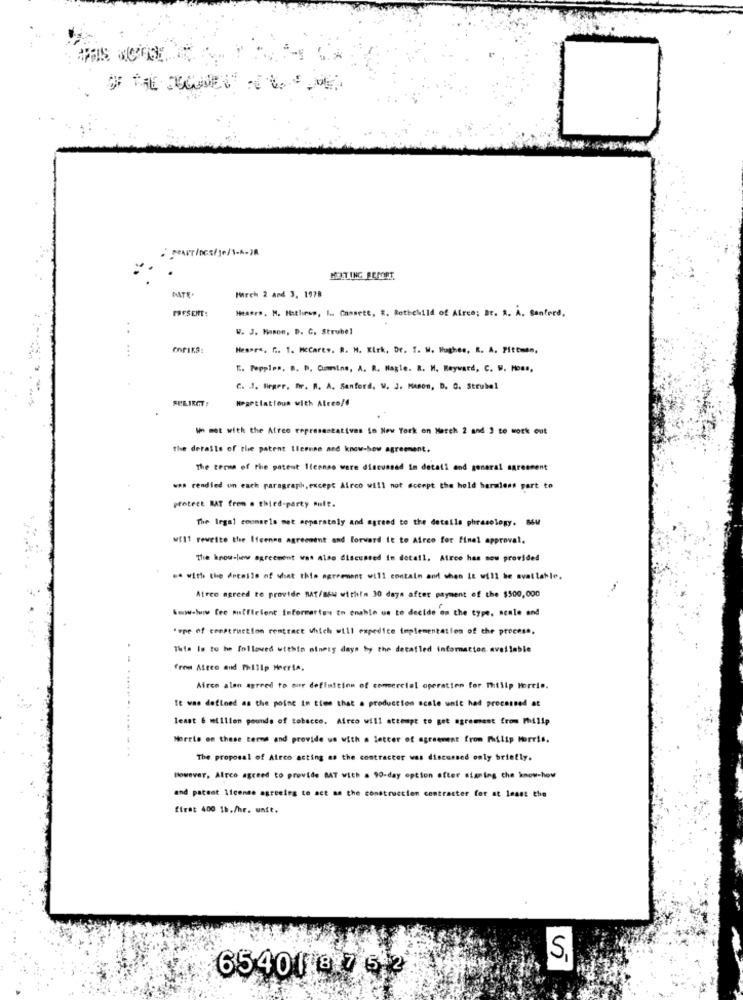
MELTING BEMET.
MATE.
Mirch 2 and 3, 1978
PRESENT:
Hessrs. M. Hathese, i .. Cassett, R. Rothchild of Afree; Br. A. À. Santerd,
..
W. J. Mason, D. C. Strubel
Hesara, f .. 1. HcCarey. R. M. Kirk, Dr. T. W. Hughes, R. A. Pittman,
" .. Pepples. B. D. Comins, A. R. Nagle. B. W. Heyward, C. W. Moms,
C. . 1. Birger, fir. R. A. Sanford, W. J. HAson, D. C. Strubel
FELIRGT:
Hegettattoun with Airco/f
In met with the Atree representatives in New York on March 2 and 3 to work out
the details of the patent Ileenne and know-how agreement.
The terms of the patent Ilconso were discussed In detali and general agreement
was rendied on each paragraph, except Airco will not accept the hold harmless part to
protect MAT frem a third-party mult.
The legal counsels met apparately and agreed to the details phrasology. B&W
will reweite the Ifcenne agreement and Forward it to Airco for final approval.
The know-how agreement was also discussed in detail. Atree has now provided
se with the details of what this agreement will contain and when it will be available.
Atree agreed to provide MAT/mkw within 30 days after payment of the $500,000
Wow-Sww Cee muffleient Information to enable us to decide on the type, scale and
"one of construction contract which will expedite implementation of the process.
This Is to he followed within ninety days by the detailed information available
from Afree and Philip Heeria,
Airco alan agreed to our definition of comercial operation for Philip Morris.
It was defined as the point in time that . production scale unit had processed at
least 6 million pounds of tobacco. Airco will attempt to get agrement from Philip
Morrie on these terms and provide us with a letter of agreement from Philip Morris.
The proposal of Airco acting as the contractor was discussed only briefly.
However, Airco agreed to provide BAT with a 90-day option after signing che know-how
and patent license agreeing to act as the construction contracter for at least the
firat 400 1b./hr. unit.
S,
65401 8 7 6 2